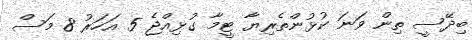
ބިދޭސީ ތިން ވަނަ ކުޅުންތެރިޔާ ޓީމާ ގުޅިއްޖެ 5 އަހަރު 8 މަސް